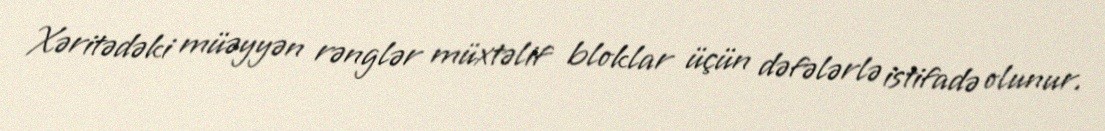
Xəritədəki müəyyən rənglər müxtəlif bloklar üçün dəfələrlə istifadə olunur.